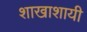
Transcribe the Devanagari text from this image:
शाखाशायी